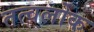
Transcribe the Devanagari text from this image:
तत्वलोक